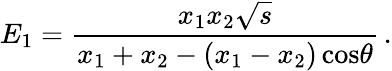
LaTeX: E_{1}=\frac{x_{1}x_{2}{\sqrt s}}{x_{1}+x_{2}-(x_{1}-x_{2})\, \mathrm{cos}\theta}\, .